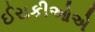
ઈરાકીઓએ